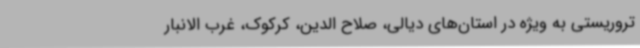
تروریستی به ویژه در استان‌های دیالی، صلاح الدین، کرکوک، غرب الانبار